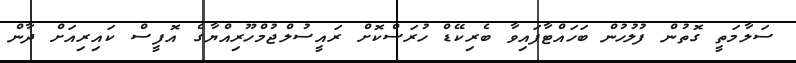
ސަލާމަތީ ގޮތުން ފުލުހުން ބަހައްޓާފައިވާ ބެރިކޭޑް ހުރަސްކޮށް ރައީސުލްޖުމްހޫރިއްޔާގެ އޮފީސް ކައިރިއަށް ދާން